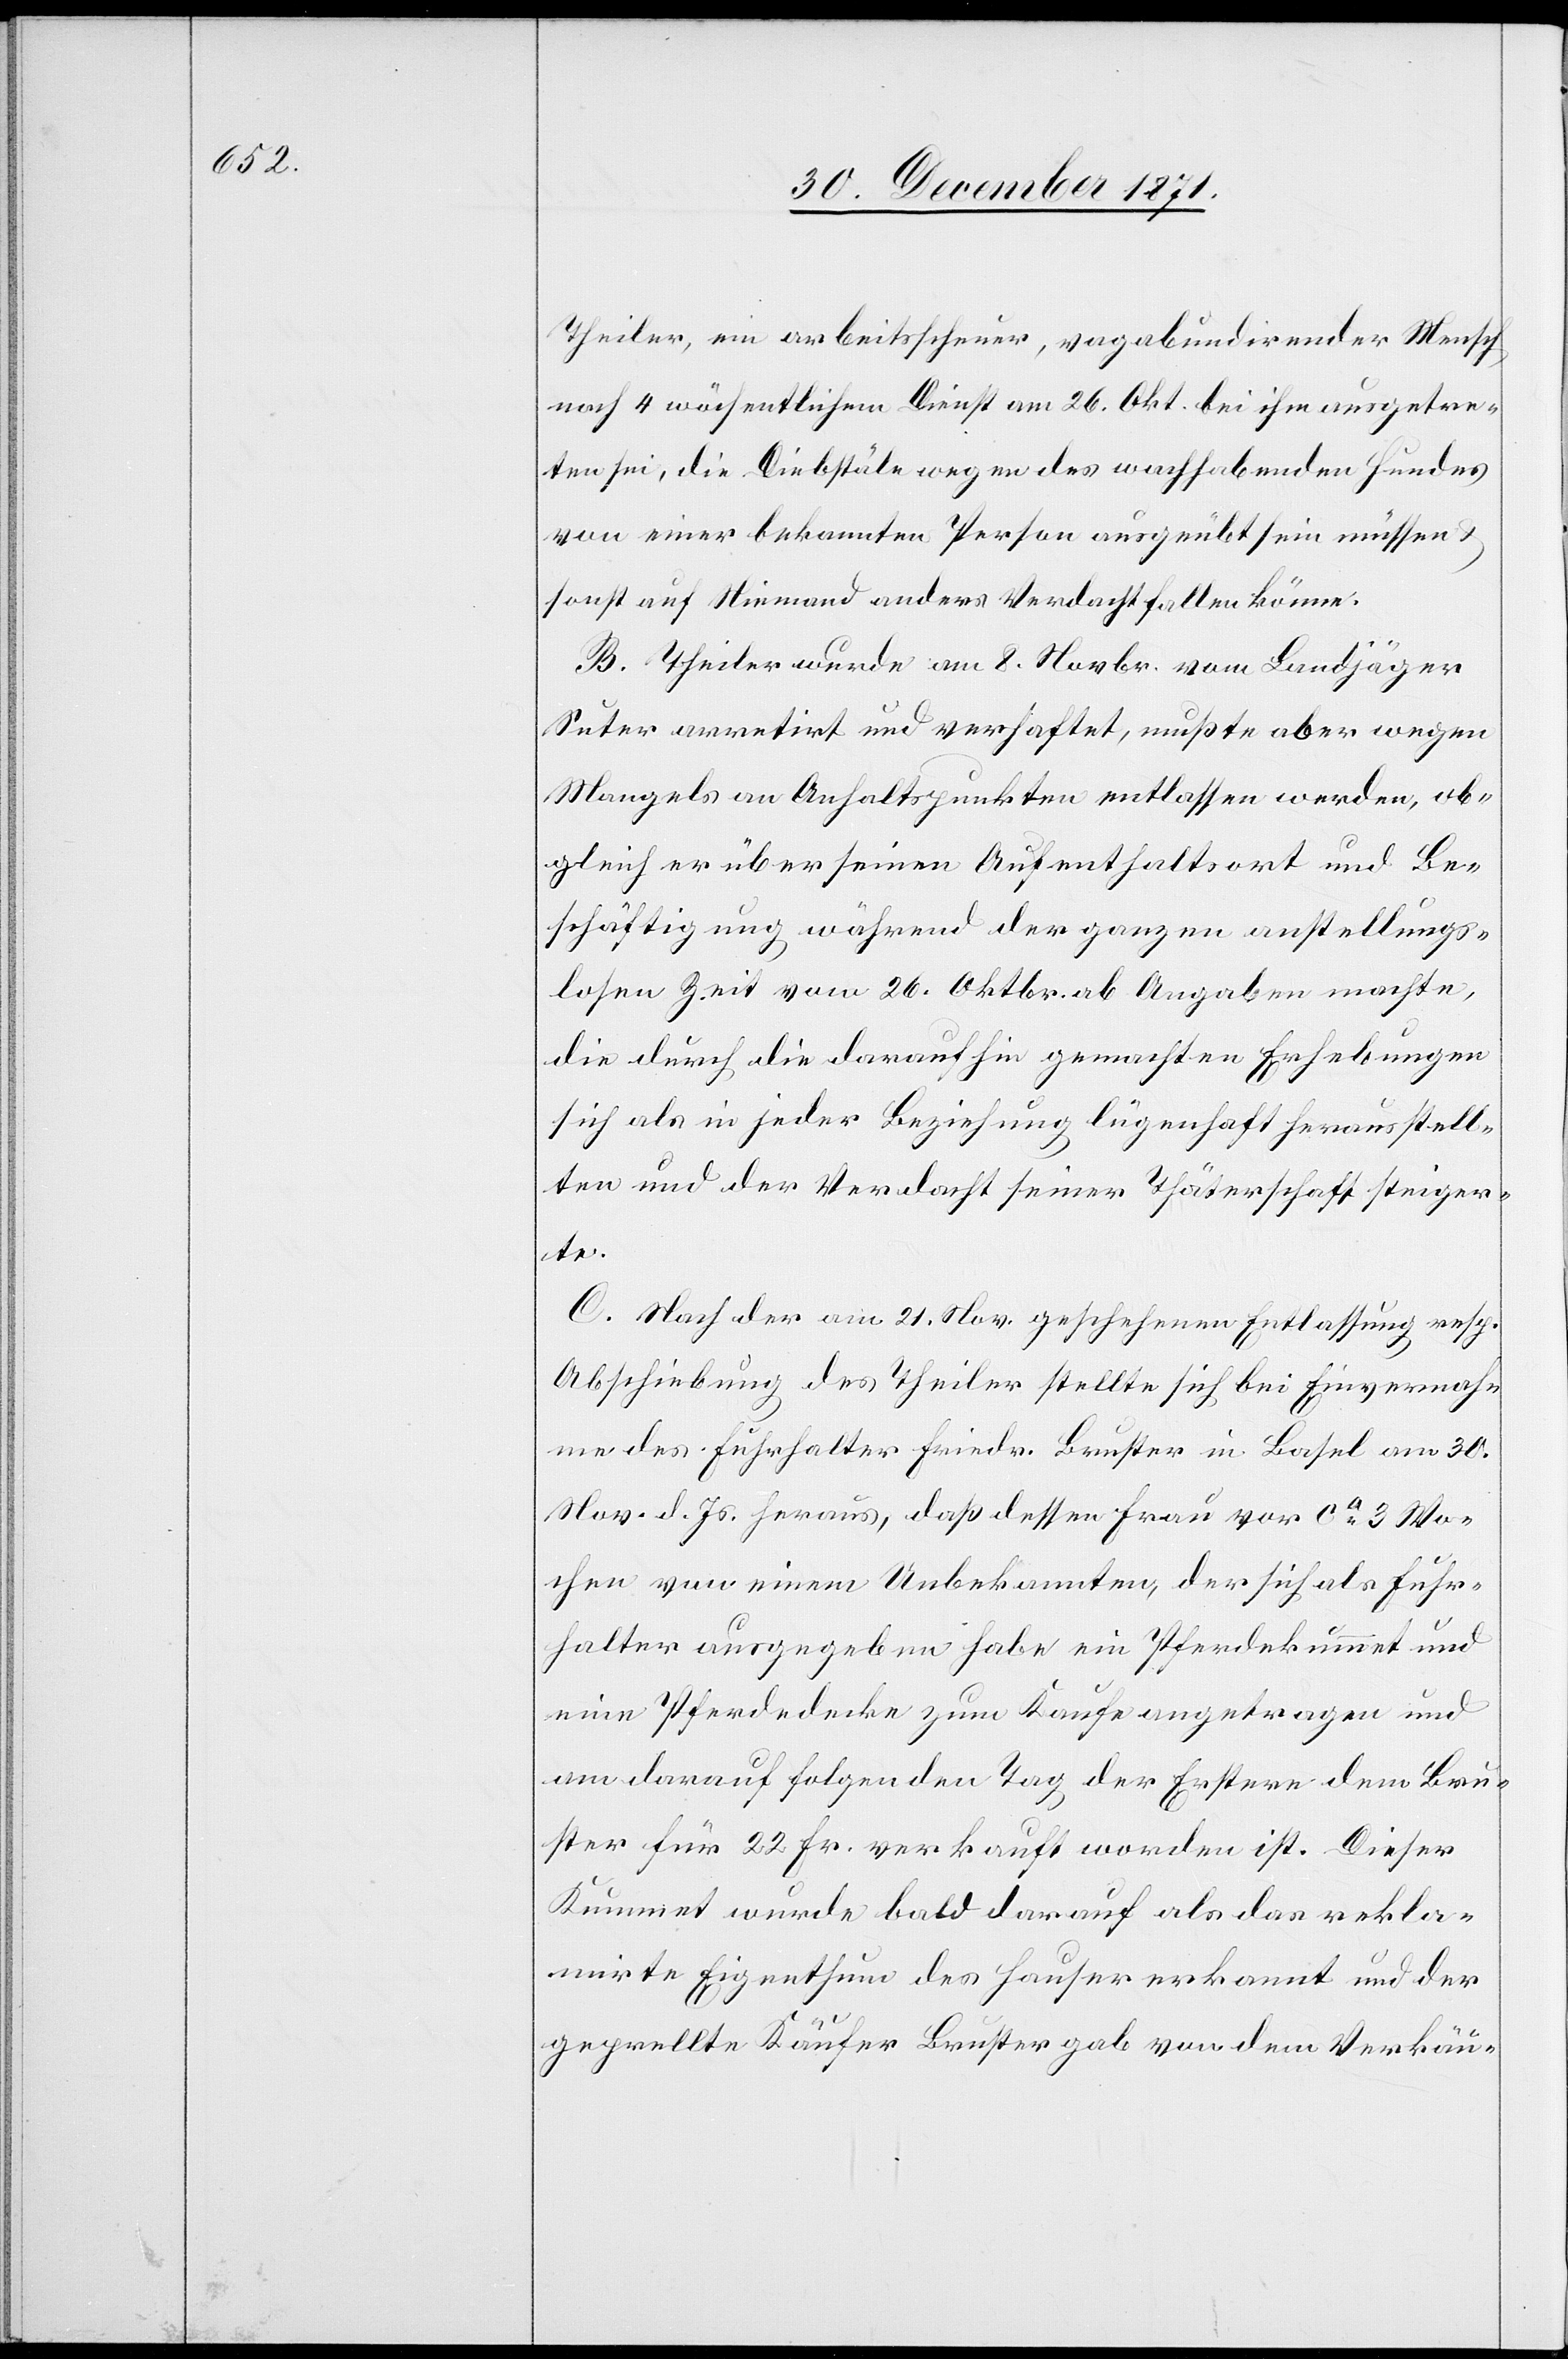
Theiler, ein arbeitsscheuer, vagabundirender Mensch,
nach 4 wöchentlichem Dienst am 26. Okt. bei ihm ausgetre¬
ten sei, die Diebstäle wegen des wachhabenden Hundes
von einer bekannten Person ausgeübt sein müssen
sonst auf Niemand anders Verdacht fallen könne.
B. Theiler wurde am 8. Novbr. vom Landjäger
Suter arretirt und verhaftet, mußte aber wegen
Mangels an Anhaltspunkten entlassen werden, ob¬
gleich er über seinen Aufenthaltsort und Be¬
schäftigung während der ganzen anstellungs¬
losen Zeit vom 26. Oktbr. ab Angaben machte,
die durch die daraufhin gemachten Erhebungen
sich als in jeder Beziehung lügenhaft herausstell¬
ten und den Verdacht seiner Thäterschaft steiger¬
te.
C. Nach der am 21. Nov. geschehenen Entlassung resp.
Abschiebung des Theiler stellte sich bei Einvernah¬
me des Führhalter Friedr. Bruster in Basel am 30.
Nov. d. Js. heraus, daß dessen Frau vor ca. 3 Wo¬
chen von einem Unbekannten, der sich als Fuhr¬
halter ausgegebenen habe ein Pferdekummet und
eine Pferdedecke zum Kaufe angetragen und
am darauf folgenden Tag der Erstere dem Bru¬
ster für 22 Fr. verkauft worden ist. Dieser
Kummet wurde bald darauf als rekla¬
mirte Eigenthum des Haufer erkannt und der
geprellte Käufer Bruster gab von dem Verkäu-